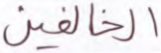
الخالفين